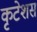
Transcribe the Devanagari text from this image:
कृटेशस